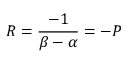
R = { \frac { - 1 } { \beta - \alpha } } = - P